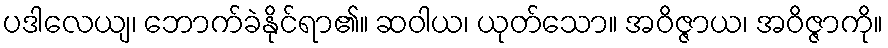
ပဒါလေယျ၊ ဘောက်ခဲနိုင်ရာ၏။ ဆဝါယ၊ ယုတ်သော။ အဝိဇ္ဇာယ၊ အဝိဇ္ဇာကို။